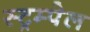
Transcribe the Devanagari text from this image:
स्ट्रम्पेल